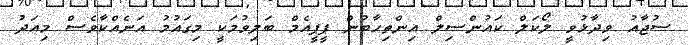
ސުޖާއު ވިދާޅުވީ ލޯކަލް ކައުންސިލް އިންތިހާބުން ޕީޕީއެމް ބަލިވުމަކީ މިގައުމު އަނެއްކާވެސް މިއަދު